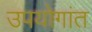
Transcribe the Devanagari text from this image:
उपयोगांत